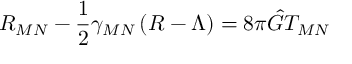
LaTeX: { \cal R } _ { M N } - \frac { 1 } { 2 } \gamma _ { M N } \left( { \cal R } - \Lambda \right) = 8 \pi \hat { G } T _ { M N }